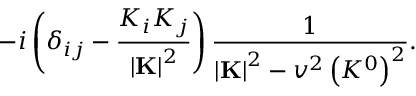
- i \left( \delta _ { i j } - { \frac { K _ { i } K _ { j } } { \left| { \bf K } \right| ^ { 2 } } } \right) { \frac { 1 } { \left| { \bf K } \right| ^ { 2 } - v ^ { 2 } \left( K ^ { 0 } \right) ^ { 2 } } } .